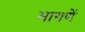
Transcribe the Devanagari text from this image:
मागणें